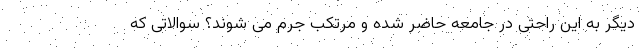
دیگر به این راحتی در جامعه حاضر شده و مرتکب جرم می شوند؟ سوالاتی که